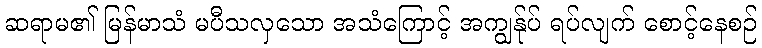
ဆရာမ၏ မြန်မာသံ မပီသလှသော အသံကြောင့် အကျွန်ုပ် ရပ်လျက် စောင့်နေစဉ်